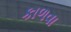
કાળવા